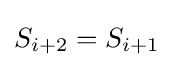
S_{i+2}=S_{i+1}